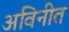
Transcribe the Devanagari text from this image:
अविनीत